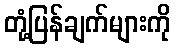
တုံ့ပြန်ချက်များကို